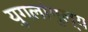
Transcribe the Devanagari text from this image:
युगलांगुल्य